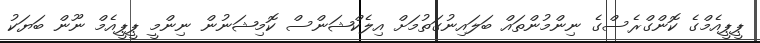
ޕީޕީއެމްގެ ކޮންގްރެސްގެ ނިންމުންތައް ބަލައިނުގަތުމަށް އިލެކްޝަންސް ކޮމިޝަނުން ނިންމީ ޕީޕީއެމް ނޫން ބަޔަކު